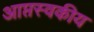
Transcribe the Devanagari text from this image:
आप्तस्वकीय